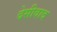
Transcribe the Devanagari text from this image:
देसीवाद